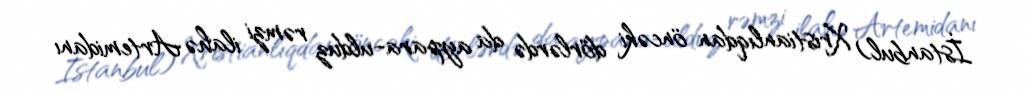
İstanbul) Xristianlıqdan öncəki dörlərdə da aypara-ulduz rəmzi ilahə Artemidanı